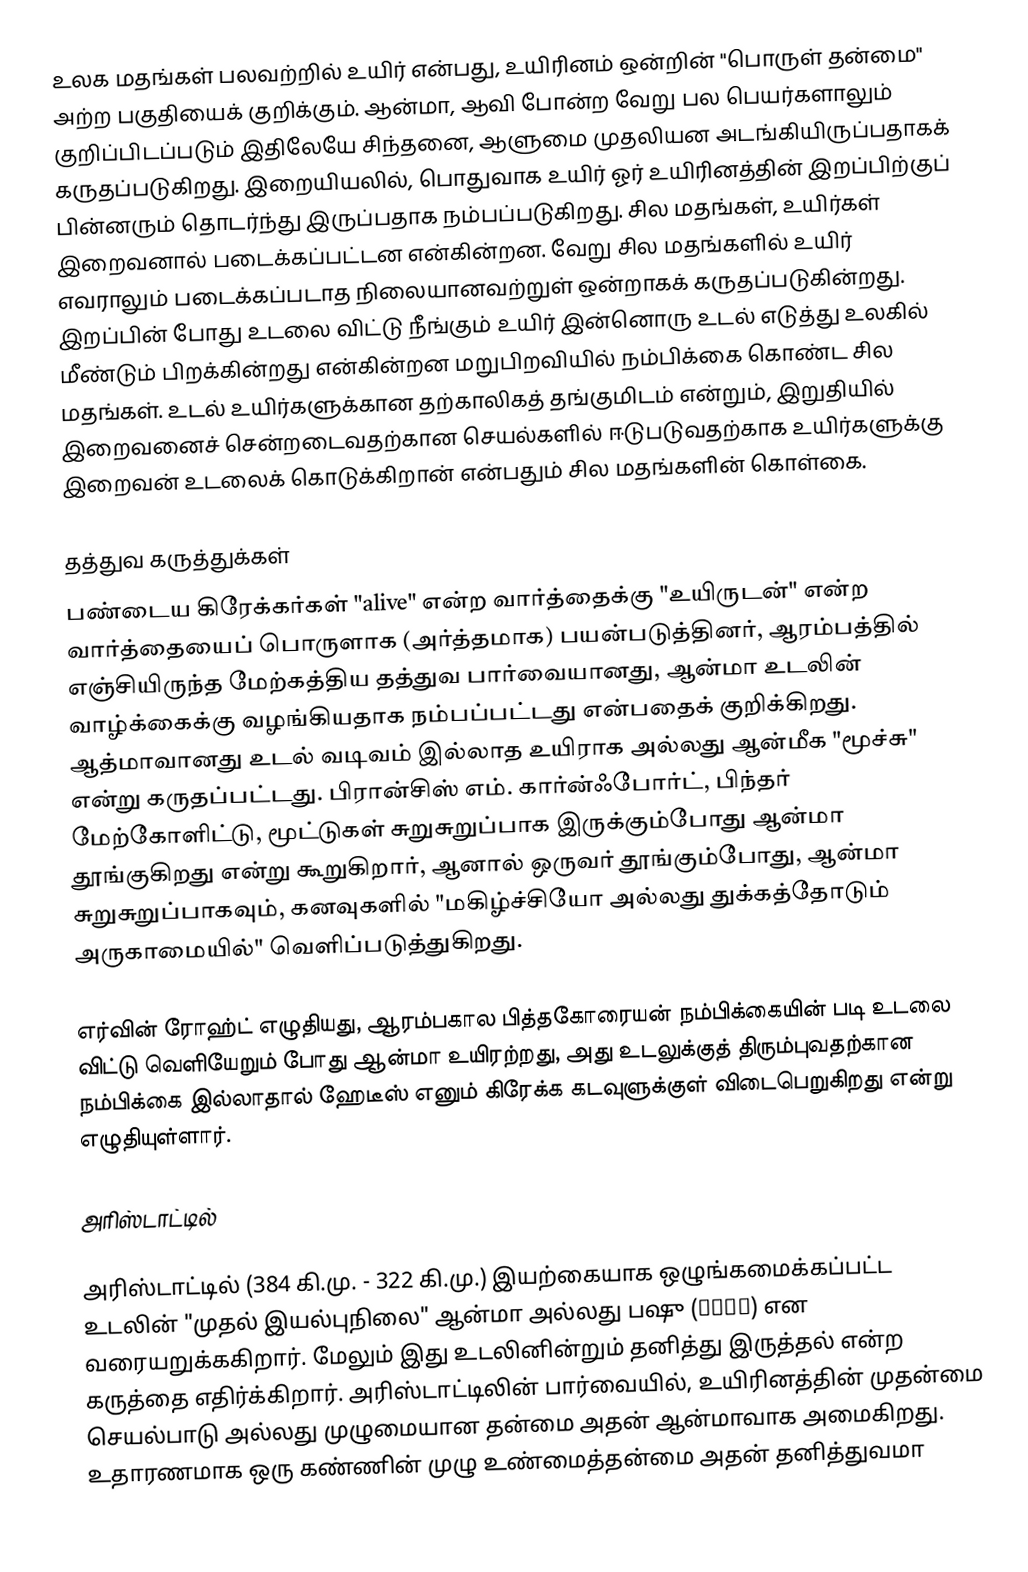
உலக மதங்கள் பலவற்றில் உயிர் என்பது, உயிரினம் ஒன்றின் "பொருள் தன்மை" அற்ற பகுதியைக் குறிக்கும். ஆன்மா, ஆவி போன்ற வேறு பல பெயர்களாலும் குறிப்பிடப்படும் இதிலேயே சிந்தனை, ஆளுமை முதலியன அடங்கியிருப்பதாகக் கருதப்படுகிறது. இறையியலில், பொதுவாக உயிர் ஓர் உயிரினத்தின் இறப்பிற்குப் பின்னரும் தொடர்ந்து இருப்பதாக நம்பப்படுகிறது. சில மதங்கள், உயிர்கள் இறைவனால் படைக்கப்பட்டன என்கின்றன. வேறு சில மதங்களில் உயிர் எவராலும் படைக்கப்படாத நிலையானவற்றுள் ஒன்றாகக் கருதப்படுகின்றது. இறப்பின் போது உடலை விட்டு நீங்கும் உயிர் இன்னொரு உடல் எடுத்து உலகில் மீண்டும் பிறக்கின்றது என்கின்றன மறுபிறவியில் நம்பிக்கை கொண்ட சில மதங்கள். உடல் உயிர்களுக்கான தற்காலிகத் தங்குமிடம் என்றும், இறுதியில் இறைவனைச் சென்றடைவதற்கான செயல்களில் ஈடுபடுவதற்காக உயிர்களுக்கு இறைவன் உடலைக் கொடுக்கிறான் என்பதும் சில மதங்களின் கொள்கை.

தத்துவ கருத்துக்கள்
பண்டைய கிரேக்கர்கள் "alive" என்ற வார்த்தைக்கு "உயிருடன்" என்ற வார்த்தையைப் பொருளாக (அர்த்தமாக) பயன்படுத்தினர், ஆரம்பத்தில் எஞ்சியிருந்த மேற்கத்திய தத்துவ பார்வையானது, ஆன்மா உடலின் வாழ்க்கைக்கு வழங்கியதாக நம்பப்பட்டது என்பதைக் குறிக்கிறது. ஆத்மாவானது உடல் வடிவம் இல்லாத உயிராக அல்லது ஆன்மீக "மூச்சு" என்று கருதப்பட்டது. பிரான்சிஸ் எம். கார்ன்ஃபோர்ட், பிந்தர் மேற்கோளிட்டு, மூட்டுகள் சுறுசுறுப்பாக இருக்கும்போது ஆன்மா தூங்குகிறது என்று கூறுகிறார், ஆனால் ஒருவர் தூங்கும்போது, ஆன்மா சுறுசுறுப்பாகவும், கனவுகளில் "மகிழ்ச்சியோ அல்லது துக்கத்தோடும் அருகாமையில்" வெளிப்படுத்துகிறது.

எர்வின் ரோஹ்ட் எழுதியது, ஆரம்பகால பித்தகோரையன் நம்பிக்கையின் படி உடலை விட்டு வெளியேறும் போது ஆன்மா உயிரற்றது, அது உடலுக்குத் திரும்புவதற்கான நம்பிக்கை இல்லாதால் ஹேடீஸ் எனும் கிரேக்க கடவுளுக்குள் விடைபெறுகிறது என்று எழுதியுள்ளார்.

அரிஸ்டாட்டில்

அரிஸ்டாட்டில் (384 கி.மு. - 322 கி.மு.) இயற்கையாக ஒழுங்கமைக்கப்பட்ட உடலின் "முதல் இயல்புநிலை"  ஆன்மா அல்லது பஷு (ψυχή) என வரையறுக்ககிறார். மேலும் இது உடலினின்றும் தனித்து இருத்தல் என்ற கருத்தை எதிர்க்கிறார். அரிஸ்டாட்டிலின் பார்வையில், உயிரினத்தின் முதன்மை செயல்பாடு அல்லது முழுமையான தன்மை அதன் ஆன்மாவாக அமைகிறது. உதாரணமாக ஒரு கண்ணின் முழு உண்மைத்தன்மை அதன் தனித்துவமா